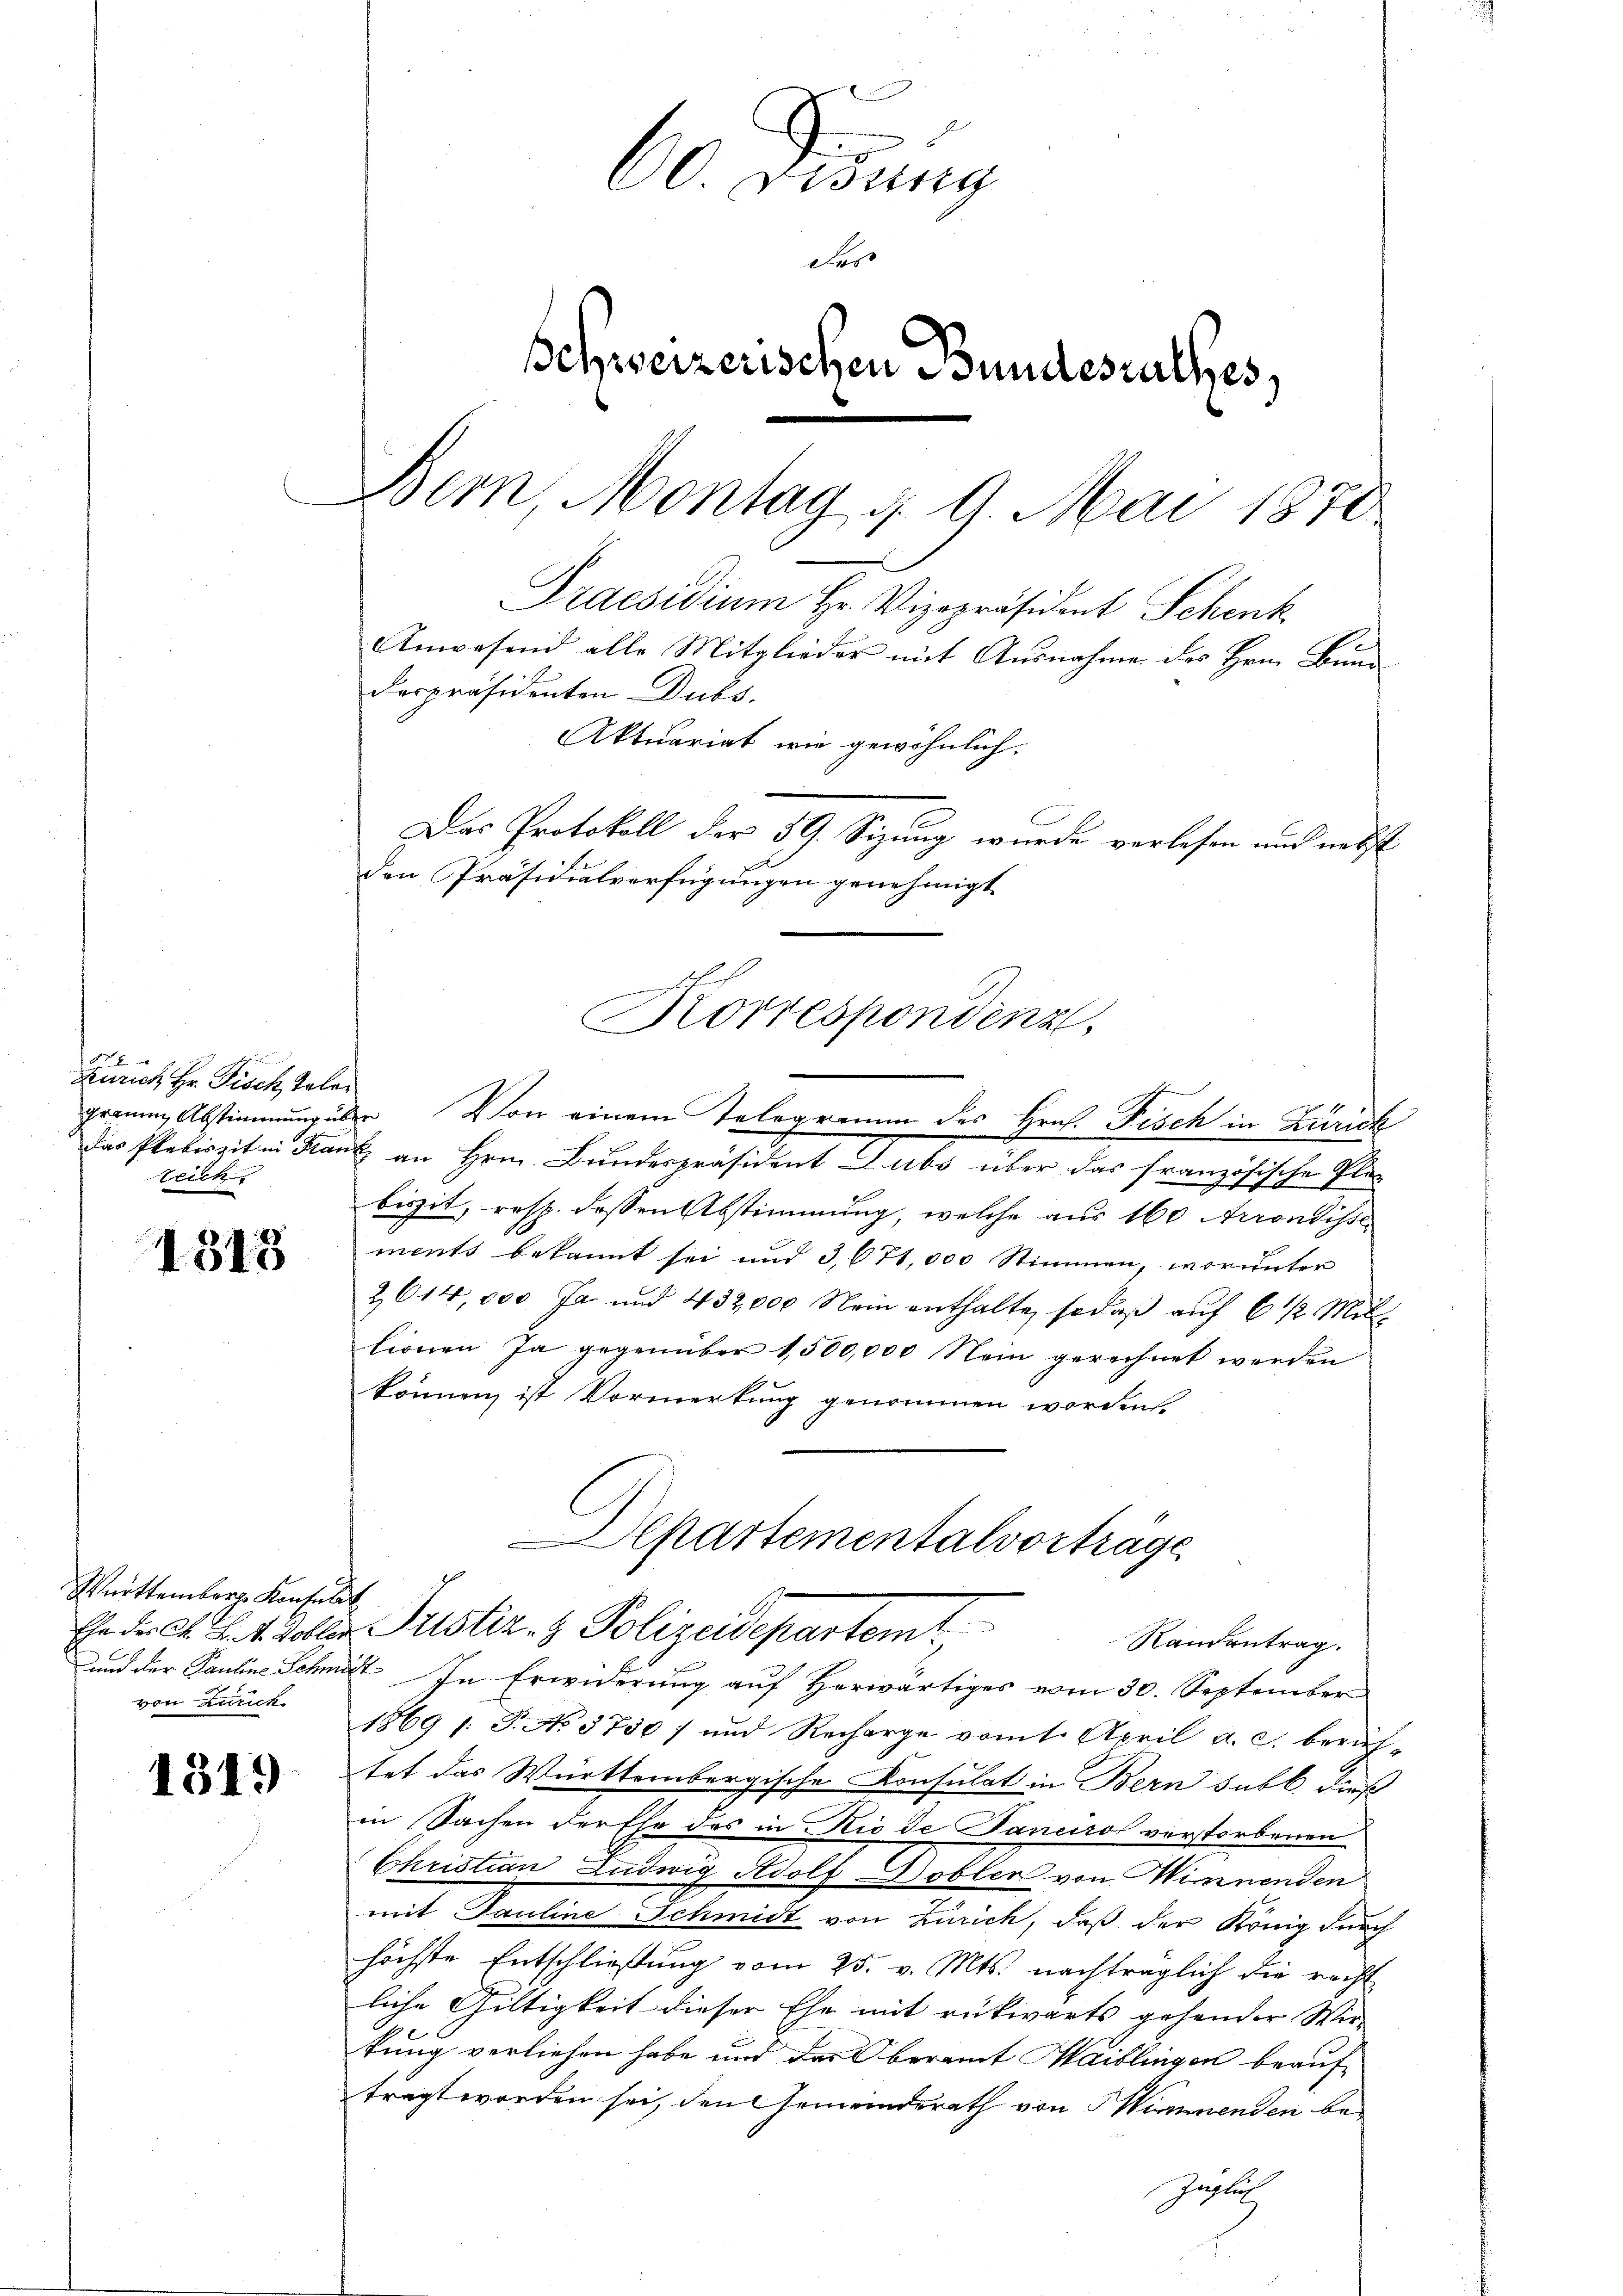
Zürich Hr. Fisch Toler
teich

1313

Württemberg Konsulat
von Zürich

1319

60. Disung
der
Schweizerischen Bundesrathes,
Bern, Montag d. 9. Mai 1870
Praesidium Hr. Vizepräsident Schenk
Anwesend alle Mitglieder mit Ausnahme des Hrn. Bunderpräsidenten Dubs.
Aktuariat wie gewöhnlich.
Das Protokoll der 59. Sizung wurde verlesen und nebst
den Präsidialverfügungen genehmigt

Korrespondenz,
graume Abstimmung über Vor einem Telegramm des Hrn. Fisch in Zürich

Das Pletirziten Kant an Hrn. Bundespräsident Dubs über das französischen Plebisit, resp. dessen Abstimmung, welche aus 160 Arrondisse
ments bekannt sei und 3,671,000 Stimmen, worunter
2614,000 Ja und 432,000 Nein enthalte, so daß auf 6 1/2 Millionen Ja gegenüber 1,500,000 Nein gerechnet werden
können ist Vormerkung genommen worden.

Departementalvorträge
Er der C. S. 4 Zoller Justiz- & Polizeidepartemt,
Randentrag.

und der Pauline Schmät In Erwiderung auf Herwärtiges vom 30. September
1869 /: P. No 3750) und Recharge vom 1. April a. c. berüh-
tet das Württembergische Konsulat in Bern subt. dieß
in Sachen der Ehe des in Rio de Janeiro verstorbenen
Christian Ludwig Adolf Doblen von Winnenden
mit Pauline Schmidt von Zürich, daß der König durch
höchste Entschließung vom 25. v. Mts. nachträglich die recht
liche Gültigkeit dieser Ehe mit rückwärts gehender Wir-
tung verliehen habe und das Oberamt Maiblingen beauftragt worden sei, den Gemeinderath von Sinnenden bezüglich